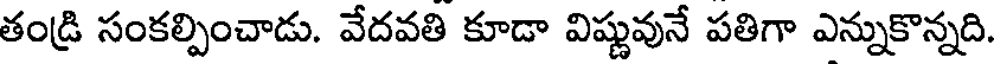
తండ్రి సంకల్పించాడు. వేదవతి కూడా విష్ణువునే పతిగా ఎన్నుకొన్నది.